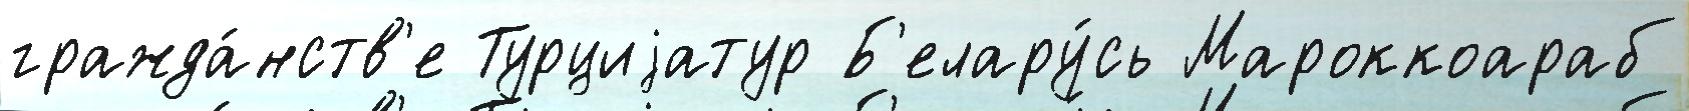
гражда́нств'е Турциjатур Б'елару́сь Мароккоараб